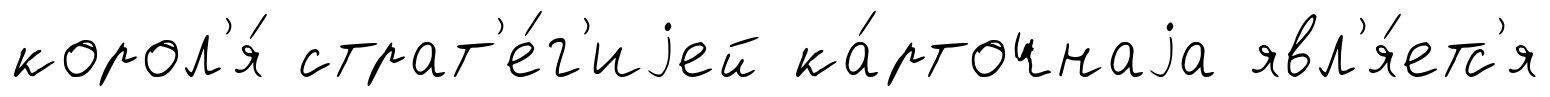
корол'я́ страт'е́г'иjей ка́рточнаjа явл'я́етс'я